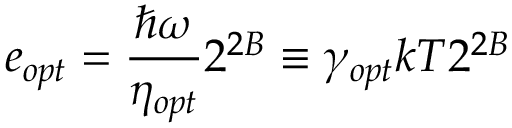
e _ { o p t } = \frac { \hbar \omega } { \eta _ { o p t } } 2 ^ { 2 B } \equiv \gamma _ { o p t } k T 2 ^ { 2 B }